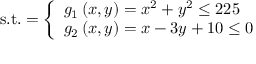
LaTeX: { \mathrm { s . t . } } = { \left\{ \begin{array} { l l } { g _ { 1 } \left( x , y \right) = x ^ { 2 } + y ^ { 2 } \leq 2 2 5 } \\ { g _ { 2 } \left( x , y \right) = x - 3 y + 1 0 \leq 0 } \end{array} \right. }